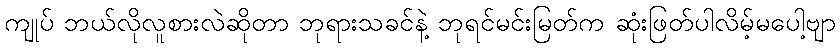
ကျုပ် ဘယ်လိုလူစားလဲဆိုတာ ဘုရားသခင်နဲ့ ဘုရင်မင်းမြတ်က ဆုံးဖြတ်ပါလိမ့်မပေါ့ဗျာ